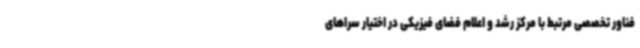
فناور تخصصی مرتبط با مرکز رشد و اعلام فضای فیزیکی در اختیار سراهای